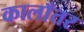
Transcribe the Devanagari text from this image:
कालाँतर